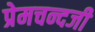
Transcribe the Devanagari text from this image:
प्रेमचन्दजी